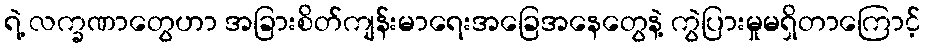
ရဲ့ လက္ခဏာတွေဟာ အခြားစိတ်ကျန်းမာရေးအခြေအနေတွေနဲ့ ကွဲပြားမှုမရှိတာကြောင့်